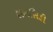
સબસિડી